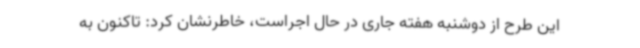
این طرح از دوشنبه هفته جاری در حال اجراست، خاطرنشان کرد: تاکنون به